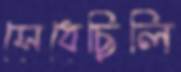
সেধেছিলি